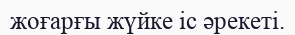
жоғарғы жүйке іс әрекеті.